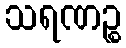
သရဏဉ္စ